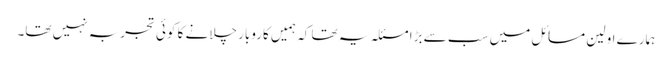
ہمارے اولین مسائل میں سب سے بڑا مسئلہ یہ تھا کہ ہمیں کاروبار چلانے کا کوئی تجربہ نہیں تھا۔